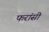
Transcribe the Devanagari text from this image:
फरांसी